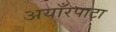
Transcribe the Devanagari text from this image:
अयाँरपाटा